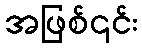
အဖြစ်၎င်း